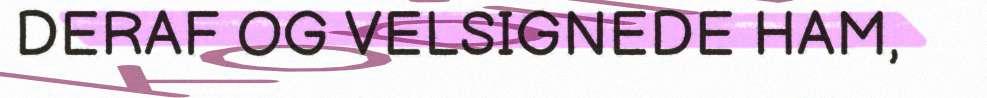
DERAF OG VELSIGNEDE HAM,